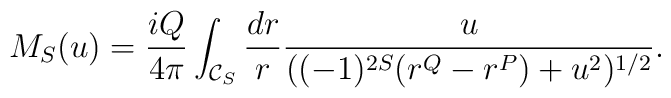
M_{S}(u)= \frac{iQ}{4\pi}\int_{{\cal C}_S} \frac{dr}{r}\frac{u}{((-1)^{2S}(r^Q - r^P) + u^2)^{1/2}}.